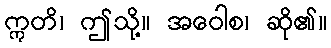
ဣတိ၊ ဤသို့။ အဝေါစ၊ ဆို၏။